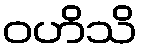
ဝဟိသိ